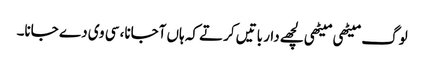
لوگ میٹھی میٹھی لچھے دار باتیں کرتے کہ ہاں آجانا، سی وی دے جانا۔